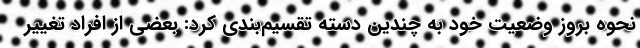
نحوه بروز وضعیت خود به چندین دسته تقسیم‌بندی کرد: بعضی از افراد تغییر